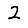
Digit: 2